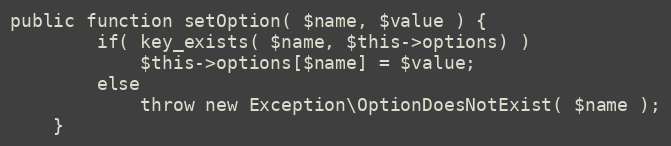
Language: PHP
public function setOption( $name, $value ) {
        if( key_exists( $name, $this->options) )
            $this->options[$name] = $value;
        else
            throw new Exception\OptionDoesNotExist( $name );
    }